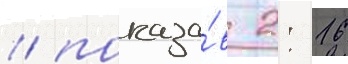
/ показа́в 2: 16